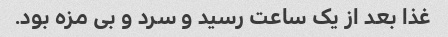
غذا بعد از یک ساعت رسید و سرد و بی مزه بود.